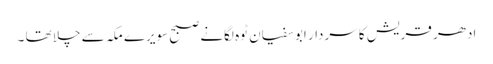
ادھر قریش کا سردار ابوسفیان ٹوہ لگانے صبح سویرے مکہ سے چلا تھا ۔